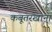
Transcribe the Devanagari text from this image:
कबूतरखाना